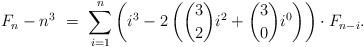
LaTeX: \begin{align*}F_n - n^3 \ = \ \sum_{i=1}^{n} \left(i^3 - 2\left( \binom{3}{2}i^2+\binom{3}{0}i^0\right)\right) \cdot F_{n-i}.\end{align*}